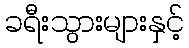
ခရီးသွားများနှင့်